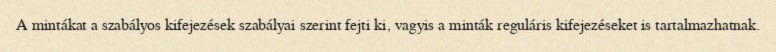
A mintákat a szabályos kifejezések szabályai szerint fejti ki, vagyis a minták reguláris kifejezéseket is tartalmazhatnak.